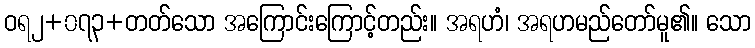
ဝရ၂+၀၇၃+တတ်သော အကြောင်းကြောင့်တည်း။ အရဟံ၊ အရဟမည်တော်မူ၏။ သော